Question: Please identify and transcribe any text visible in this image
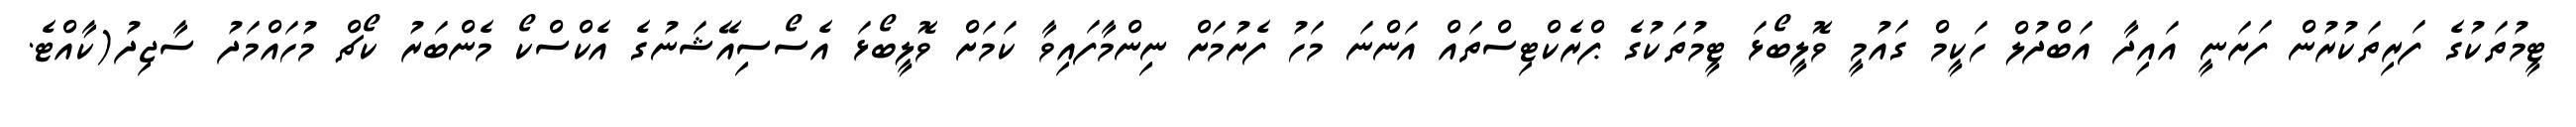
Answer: ޓީމުތަކުގެ ފަރިތަކުރުން ފަށަނީ އައިދާ އަބްދުލް ހަކީމް ގައުމީ ވޮލީބޯޅަ ޓީމުތަކުގެ ޕްރެކްޓިސްތައް އަންނަ މަހު ފެށުމަށް ނިންމާފައިވާ ކަމަށް ވޮލީބޯޅަ އެސޯސިއޭޝަނުގެ އެކްސްކޯ މެންބަރު ކޯޗް މުހައްމަދު ސާޖިދު(ކާއްޓެ.